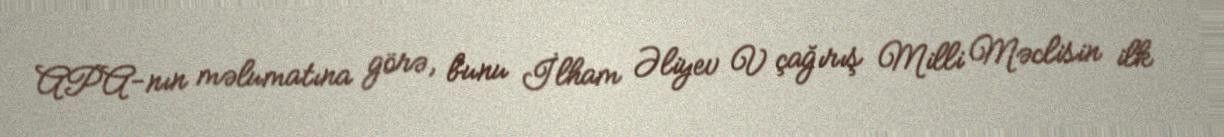
APA-nın məlumatına görə, bunu İlham Əliyev V çağırış Milli Məclisin ilk